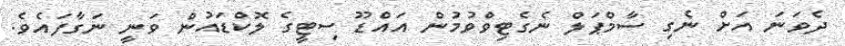
ދެވަނަ އަށް ނެގި ސާމްޕަލް ނެގެޓިވްވުމުން އައްޑޫ ސިޓީގެ ލޮކްޑައުން ވަނީ ނަގާފައެވެ.